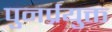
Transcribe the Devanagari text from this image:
पुनर्प्रयुक्त